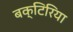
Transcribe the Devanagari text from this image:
बक्टिरिया